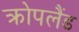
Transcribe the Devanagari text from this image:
क्रोपलैंड